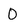
Character: 0